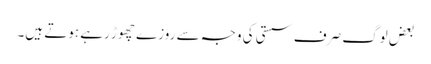
بعض لوگ صرف سستی کی وجہ سے روزے چھوڑ رہے ہوتے ہیں۔